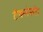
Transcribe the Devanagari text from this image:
टैक्सेसी।